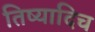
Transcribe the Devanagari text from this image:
तिष्यादिच